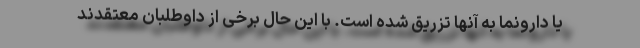
یا دارونما به آنها تزریق شده است. با این حال برخی از داوطلبان معتقدند